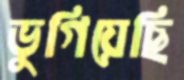
ভুগিয়েছি